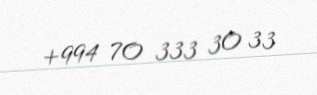
+994 70 333 30 33